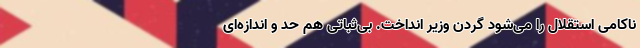
ناکامی استقلال را می‌شود گردن وزیر انداخت. بی‌ثباتی هم حد و اندازه‌ای